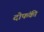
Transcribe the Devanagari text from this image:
दोफंकी